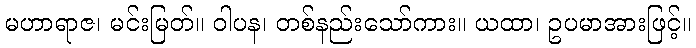
မဟာရာဇ၊ မင်းမြတ်။ ဝါပန၊ တစ်နည်းသော်ကား။ ယထာ၊ ဥပမာအားဖြင့်။